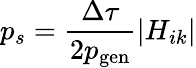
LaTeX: p_{s}=\frac{\Delta\tau}{2p_{\mathrm{gen}}}|H_{ik}|